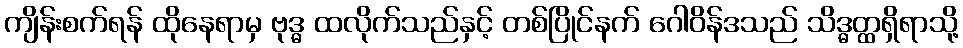
ကျိန်းစက်ရန် ထိုနေရာမှ ဗုဒ္ဓ ထလိုက်သည်နှင့် တစ်ပြိုင်နက် ဂေါဝိန်ဒသည် သိဒ္ဓတ္ထရှိရာသို့